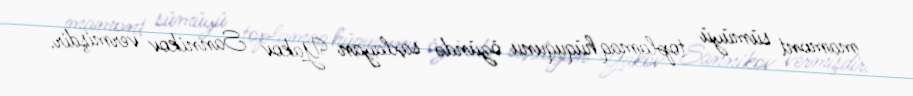
mamont sümüyü toplamaq hüququnu özündə saxlayan Yakov Sannikov vermişdir.